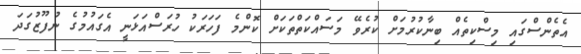
އެތެންސްގައި މިސްކިތެއް ބިނާކުރުމަށް ކުރެވޭ މަސައްކަތްތަކަށް ކޮންމެ ފަހަރަކު ހުރަސްއަޅަނީ އެގައުމުގެ ނުފޫޒުގަދަ